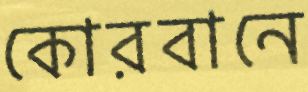
কোরবানে